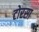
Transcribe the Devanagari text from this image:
टोरसा